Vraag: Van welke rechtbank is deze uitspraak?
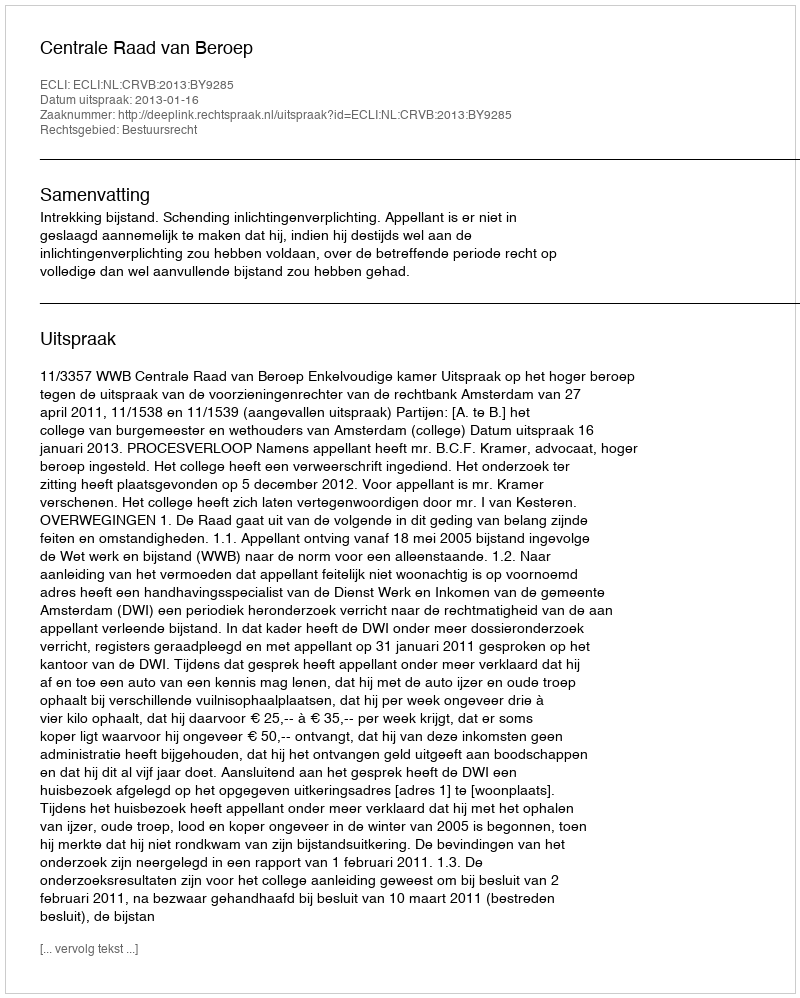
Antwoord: Centrale Raad van Beroep